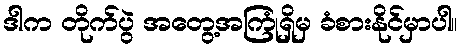
ဒါက တိုက်ပွဲ အတွေ့အကြုံရှိမှ ခံစားနိုင်မှာပါ။